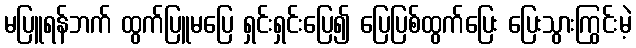
မပြူရန်ဘက် ထွက်ပြူမပြေ ရှင်းရှင်းပြေ၍ ပြေပြစ်ထွက်ပြေး ပြေးသွားကြွင်းမဲ့